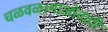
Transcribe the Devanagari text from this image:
चळवळ।माओवादी